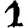
Digit: 1